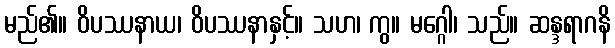
မည်၏။ ဝိပဿနာယ၊ ဝိပဿနာနှင့်။ သဟ၊ ကွ။ မဂ္ဂေါ၊ သည်။ ဆန္ဒရာဂနိ